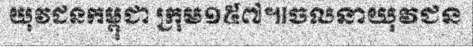
យុវជនកម្ពុជា ក្រុម១៥៧៕ចលនាយុវជន